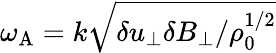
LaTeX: \omega_{\mathrm{A}}=k\sqrt{\delta u_{\perp}\delta B_{\perp}/\rho_{0}^{1/2}}